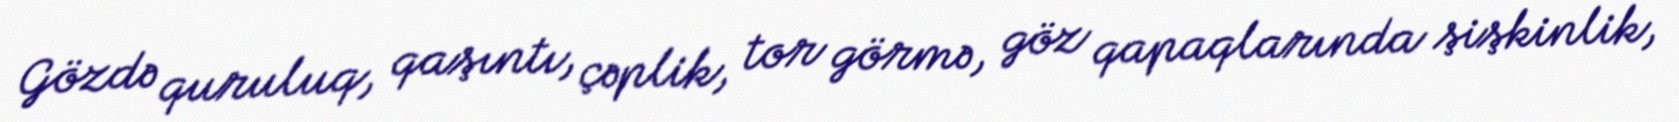
Gözdə quruluq, qaşıntı, çəplik, tor görmə, göz qapaqlarında şişkinlik,